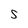
Character: S